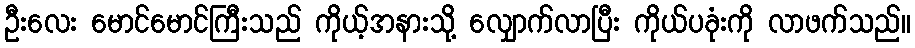
ဦးလေး မောင်မောင်ကြီးသည် ကိုယ့်အနားသို့ လျှောက်လာပြီး ကိုယ်ပခုံးကို လာဖက်သည်။